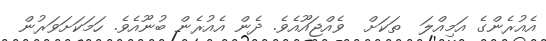
އެއުރެންގެ އަމިއްލަ  ތަކަށް  ވެއްޖައޫއެވެ. ދެން އެއުރެން ބުނޫއެވެ. ހަމަކަށަވަރުން